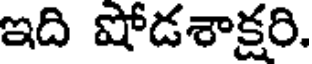
ఇది షోడశాక్షరి.